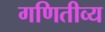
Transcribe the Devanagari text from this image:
गणितीव्य